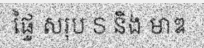
ផ្ទៃ សរុប S និង មាឌ